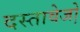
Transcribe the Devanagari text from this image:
दस्तावेजो़